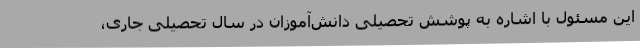
این مسئول با اشاره به پوشش تحصیلی دانش‌آموزان در سال تحصیلی جاری،